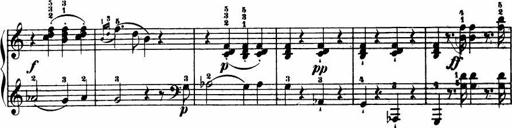
Title: Le bouquetier
Composer: Anton Diabelli
Key: G major
 C major
 F major
 C major